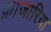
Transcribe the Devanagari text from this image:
क़ाजारिया